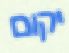
יקום